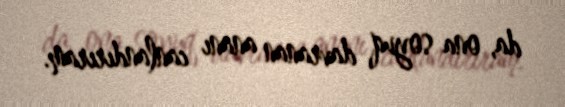
da, ona soyuq davranan ananı canlandırıram.